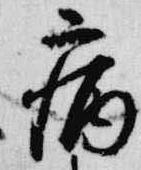
病